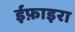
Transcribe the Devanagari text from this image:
ईफ़ाइरा